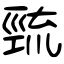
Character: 巰